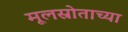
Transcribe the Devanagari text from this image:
मूलस्रोताच्या